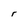
Character: r